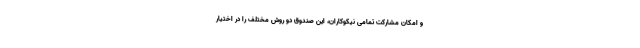
و امکان مشارکت تمامی نیکوکاران، این صندوق دو روش مختلف را در اختیار